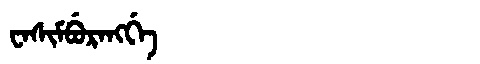
Manchu: ᠸᠠᠰᡳᠮᠪᡠᡵᠠᠩᡤᡝ
Romanization: WASIMBURANGGE